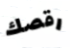
رقصك